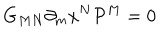
LaTeX: G _ { M N } \partial _ { m } x ^ { N } { \cal P } ^ { M } = 0 ~ ~ ~